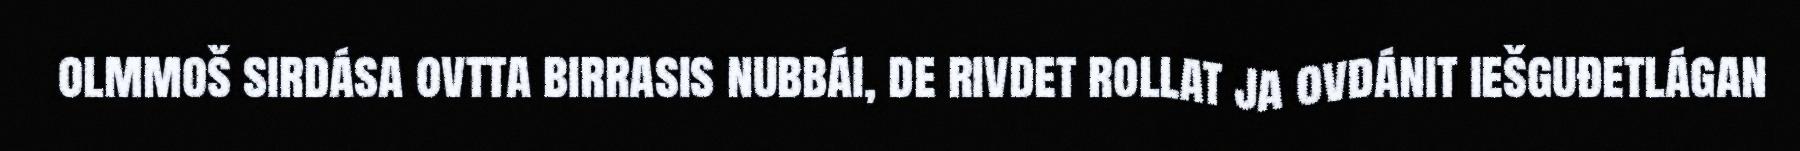
olmmoš sirdása ovtta birrasis nubbái, de rivdet rollat ja ovdánit iešguđetlágan